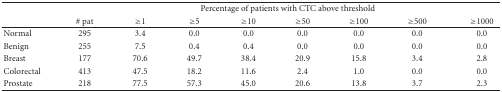
<table><thead><tr><td></td><td colspan="8"><b>Percentage of patients with CTC above threshold</b></td></tr><tr><td></td><td><b># pat</b></td><td><b> ≥1</b></td><td><b> ≥5</b></td><td><b> ≥10</b></td><td><b> ≥50</b></td><td><b> ≥100</b></td><td><b> ≥500</b></td><td><b> ≥1000 </b></td></tr></thead><tbody><tr><td>Normal</td><td>295</td><td>3.4</td><td>0.0</td><td>0.0</td><td>0.0</td><td>0.0</td><td>0.0</td><td>0.0</td></tr><tr><td>Benign</td><td>255</td><td>7.5</td><td>0.4</td><td>0.4</td><td>0.0</td><td>0.0</td><td>0.0</td><td>0.0</td></tr><tr><td>Breast</td><td>177</td><td>70.6</td><td>49.7</td><td>38.4</td><td>20.9</td><td>15.8</td><td>3.4</td><td>2.8</td></tr><tr><td>Colorectal</td><td>413</td><td>47.5</td><td>18.2</td><td>11.6</td><td>2.4</td><td>1.0</td><td>0.0</td><td>0.0</td></tr><tr><td>Prostate</td><td>218</td><td>77.5</td><td>57.3</td><td>45.0</td><td>20.6</td><td>13.8</td><td>3.7</td><td>2.3</td></tr></tbody></table>